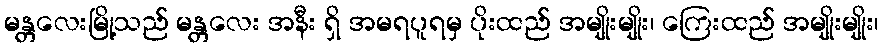
မန္တလေးမြို့သည် မန္တလေး အနီး ရှိ အမရပူရမှ ပိုးထည် အမျိုးမျိုး၊ ကြေးထည် အမျိုးမျိုး၊